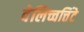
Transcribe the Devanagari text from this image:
वेलिच्चत्तिंटे